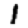
Digit: 1